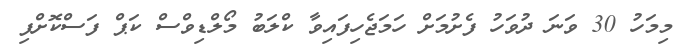
މިމަހު 30 ވަނަ ދުވަހު ފެށުމަށް ހަމަޖެހިފައިވާ ކްލަބު މޯލްޑިވްސް ކަޕް ފަސްކޮށްފި